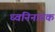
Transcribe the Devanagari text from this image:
ध्वनिनाटक